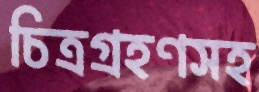
চিত্রগ্রহণসহ